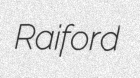
Raiford